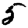
Digit: 5